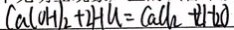
C a ( O H ) _ { 2 } + 2 H C l = C a C l _ { 2 } + 2 H _ { 2 } O